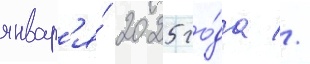
январ'я́ 2025 го́да //